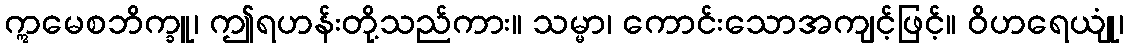
ဣမေစဘိက္ခူ၊ ဤရဟန်းတို့သည်ကား။ သမ္မာ၊ ကောင်းသောအကျင့်ဖြင့်။ ဝိဟရေယျုံ၊